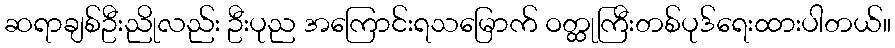
ဆရာချစ်ဦးညိုလည်း ဦးပုည အကြောင်းရသမြောက် ဝတ္ထုကြီးတစ်ပုဒ်ရေးထားပါတယ်။